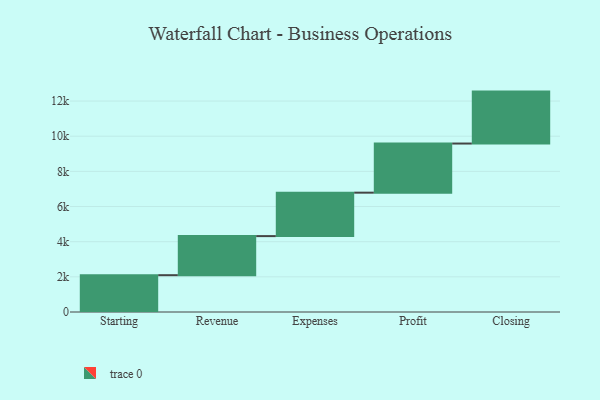
{"axis": {"x": "Step", "y": "Value"}, "legend": [""], "data": [{"x": "Starting", "y": 2094.0, "type": ""}, {"x": "Revenue", "y": 2223.0, "type": ""}, {"x": "Expenses", "y": 2472.0, "type": ""}, {"x": "Profit", "y": 2794.0, "type": ""}, {"x": "Closing", "y": 2955.0, "type": ""}]}